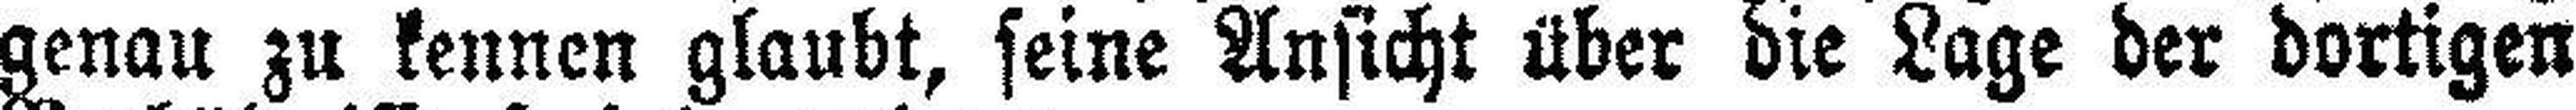
genau zu kennen glaubt, seine Ansicht über die Lage der dortigen